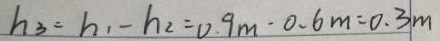
h _ { 3 } = h _ { 1 } - h _ { 2 } = 0 . 9 m - 0 . 6 m = 0 . 3 m